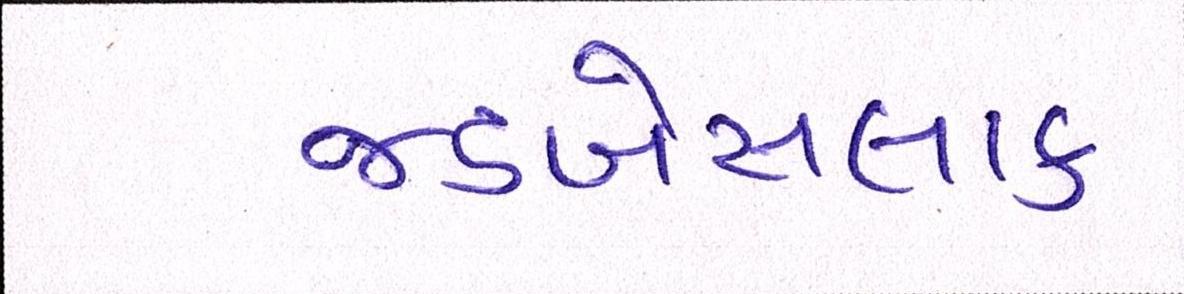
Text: જડબેસલાક